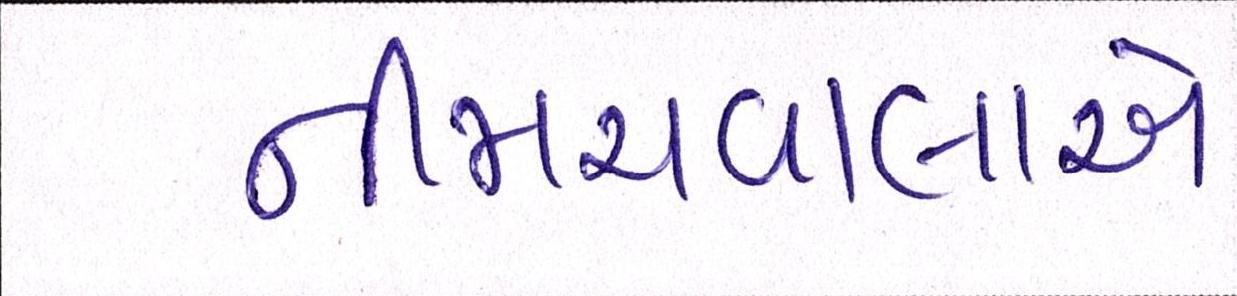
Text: નીમચવાલાએ